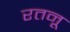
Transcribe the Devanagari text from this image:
रतनू